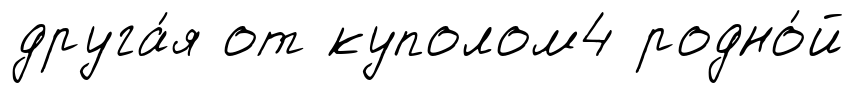
друга́я от куполом4 родно́й